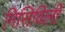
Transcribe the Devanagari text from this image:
निसिविली